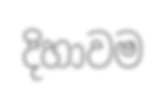
දිහාවම